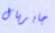
جابريال